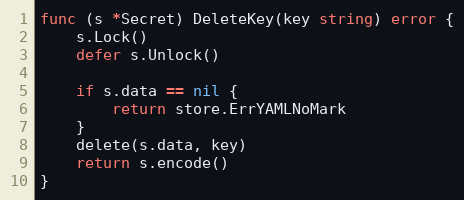
Language: Go
func (s *Secret) DeleteKey(key string) error {
	s.Lock()
	defer s.Unlock()

	if s.data == nil {
		return store.ErrYAMLNoMark
	}
	delete(s.data, key)
	return s.encode()
}